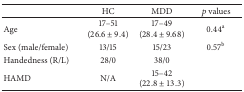
<table><thead><tr><td><b> </b></td><td><b>HC</b></td><td><b>MDD</b></td><td><b><i>p</i> values</b></td></tr></thead><tbody><tr><td>Age</td><td>17–51(26.6 ± 9.4)</td><td>17–49(28.4 ± 9.68)</td><td>0.44<sup>a</sup></td></tr><tr><td>Sex (male/female)</td><td>13/15</td><td>15/23</td><td>0.57<sup>b</sup></td></tr><tr><td>Handedness (R/L)</td><td>28/0</td><td>38/0</td><td> </td></tr><tr><td>HAMD</td><td>N/A</td><td>15–42(22.8 ± 13.3)</td><td> </td></tr></tbody></table>